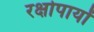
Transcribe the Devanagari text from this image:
रक्षोपायों